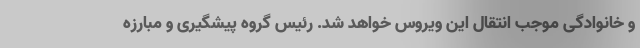
و خانوادگی موجب انتقال این ویروس خواهد شد. رئیس گروه پیشگیری و مبارزه